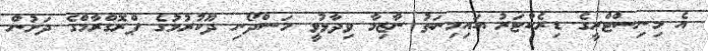
އެ މިނިސްޓްރީގެ ޑިރެކްޓަރު އައިމިނަތު ނާޒިމާ ވިދާޅުވީ މަސްދޯނި ދޫކުރުމުގެ ޕްރޮގްރާމްގެ ދަށުން